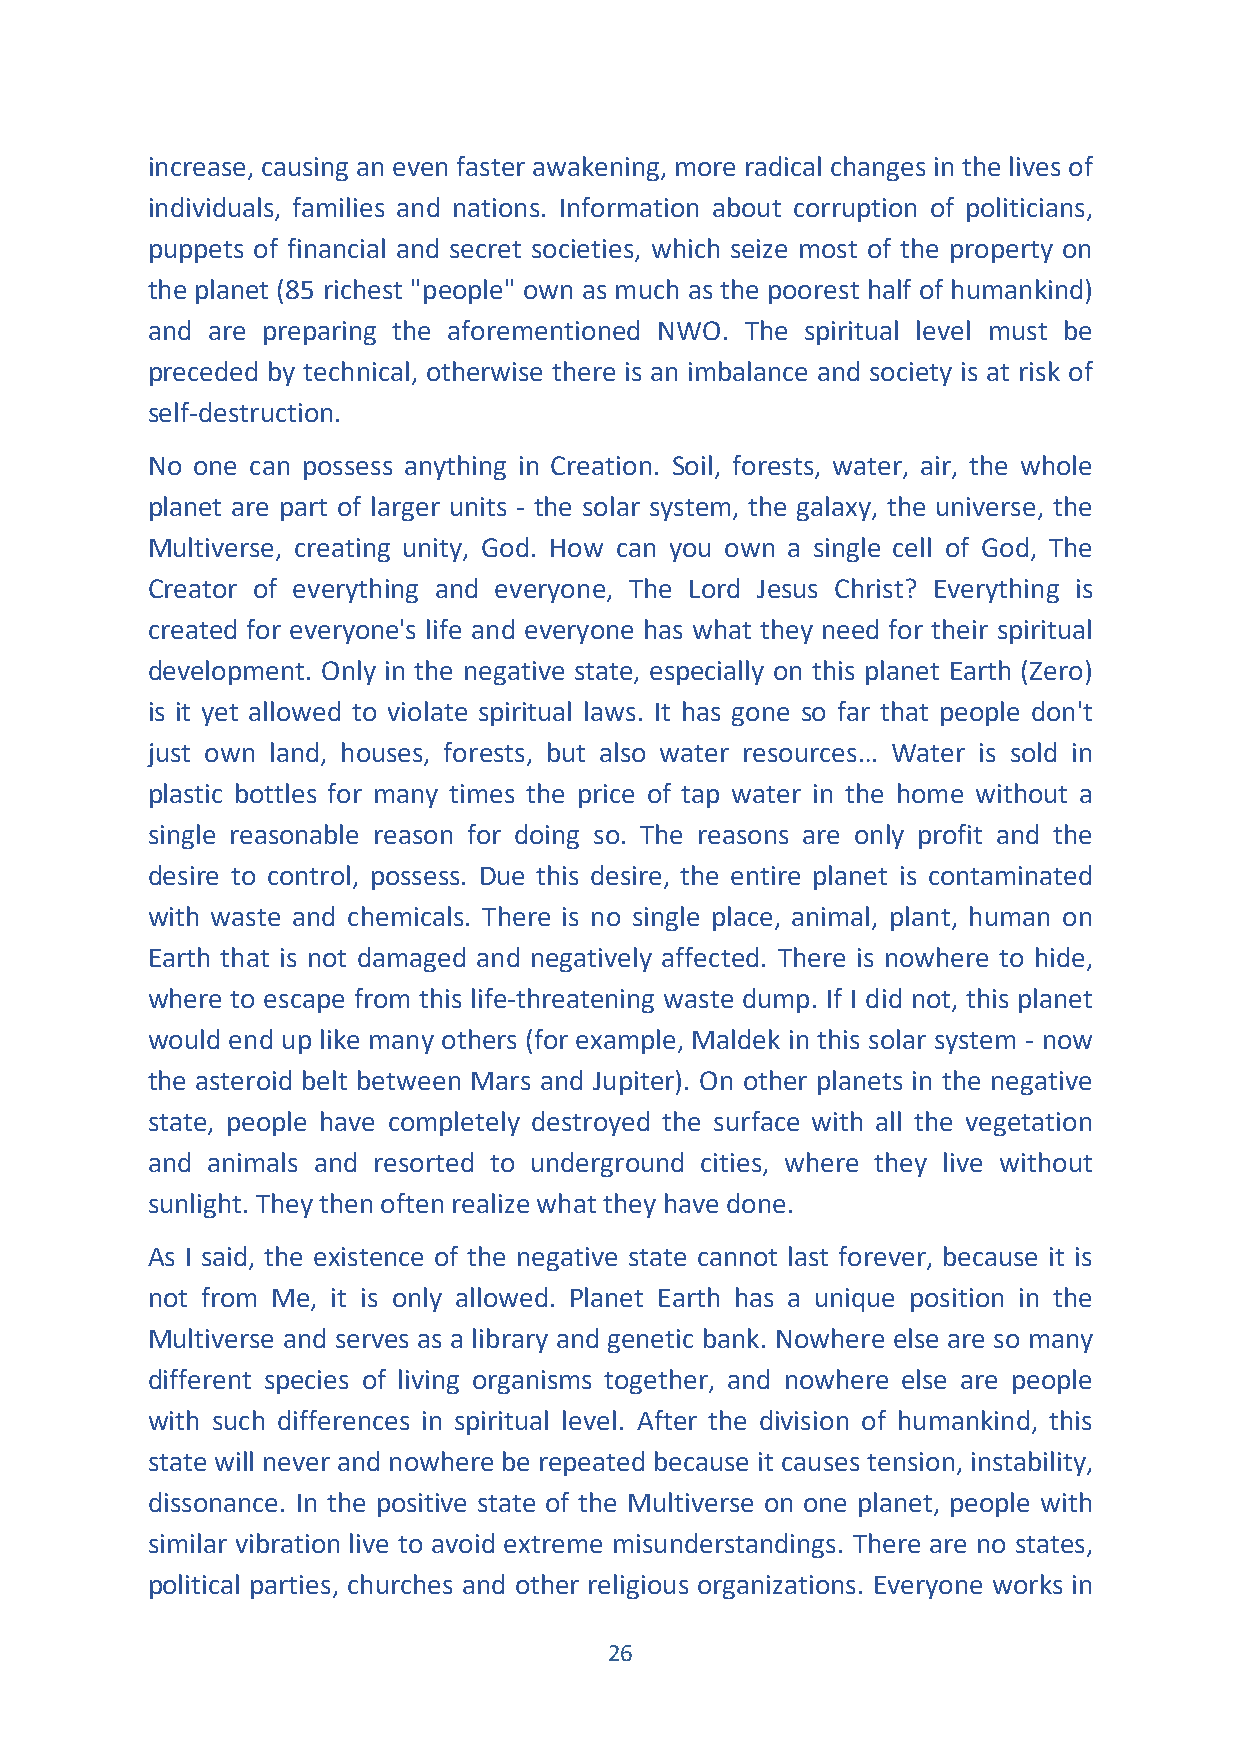
increase, causing an even faster awakening, more radical changes in the lives of
 individuals, families and nations. Information about corruption of politicians,
 puppets of financial and secret societies, which seize most of the property on
 the planet (85 richest "people" own as much as the poorest half of humankind)
 and are preparing the aforementioned NWO. The spiritual level must be
 preceded by technical, otherwise there is an imbalance and society is at risk of
 self-destruction.
 No one can possess anything in Creation. Soil, forests, water, air, the whole
 planet are part of larger units - the solar system, the galaxy, the universe, the
 Multiverse, creating unity, God. How can you own a single cell of God, The
 Creator of everything and everyone, The Lord Jesus Christ? Everything is
 created for everyone's life and everyone has what they need for their spiritual
 development. Only in the negative state, especially on this planet Earth (Zero)
 is it yet allowed to violate spiritual laws. It has gone so far that people don't
 just own land, houses, forests, but also water resources… Water is sold in
 plastic bottles for many times the price of tap water in the home without a
 single reasonable reason for doing so. The reasons are only profit and the
 desire to control, possess. Due this desire, the entire planet is contaminated
 with waste and chemicals. There is no single place, animal, plant, human on
 Earth that is not damaged and negatively affected. There is nowhere to hide,
 where to escape from this life-threatening waste dump. If I did not, this planet
 would end up like many others (for example, Maldek in this solar system - now
 the asteroid belt between Mars and Jupiter). On other planets in the negative
 state, people have completely destroyed the surface with all the vegetation
 and animals and resorted to underground cities, where they live without
 sunlight. They then often realize what they have done.
 As I said, the existence of the negative state cannot last forever, because it is
 not from Me, it is only allowed. Planet Earth has a unique position in the
 Multiverse and serves as a library and genetic bank. Nowhere else are so many
 different species of living organisms together, and nowhere else are people
 with such differences in spiritual level. After the division of humankind, this
 state will never and nowhere be repeated because it causes tension, instability,
 dissonance. In the positive state of the Multiverse on one planet, people with
 similar vibration live to avoid extreme misunderstandings. There are no states,
 political parties, churches and other religious organizations. Everyone works in
 26